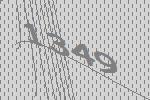
1349